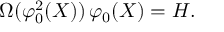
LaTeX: \Omega ( \varphi _ { 0 } ^ { 2 } ( X ) ) \, \varphi _ { 0 } ( X ) = H .